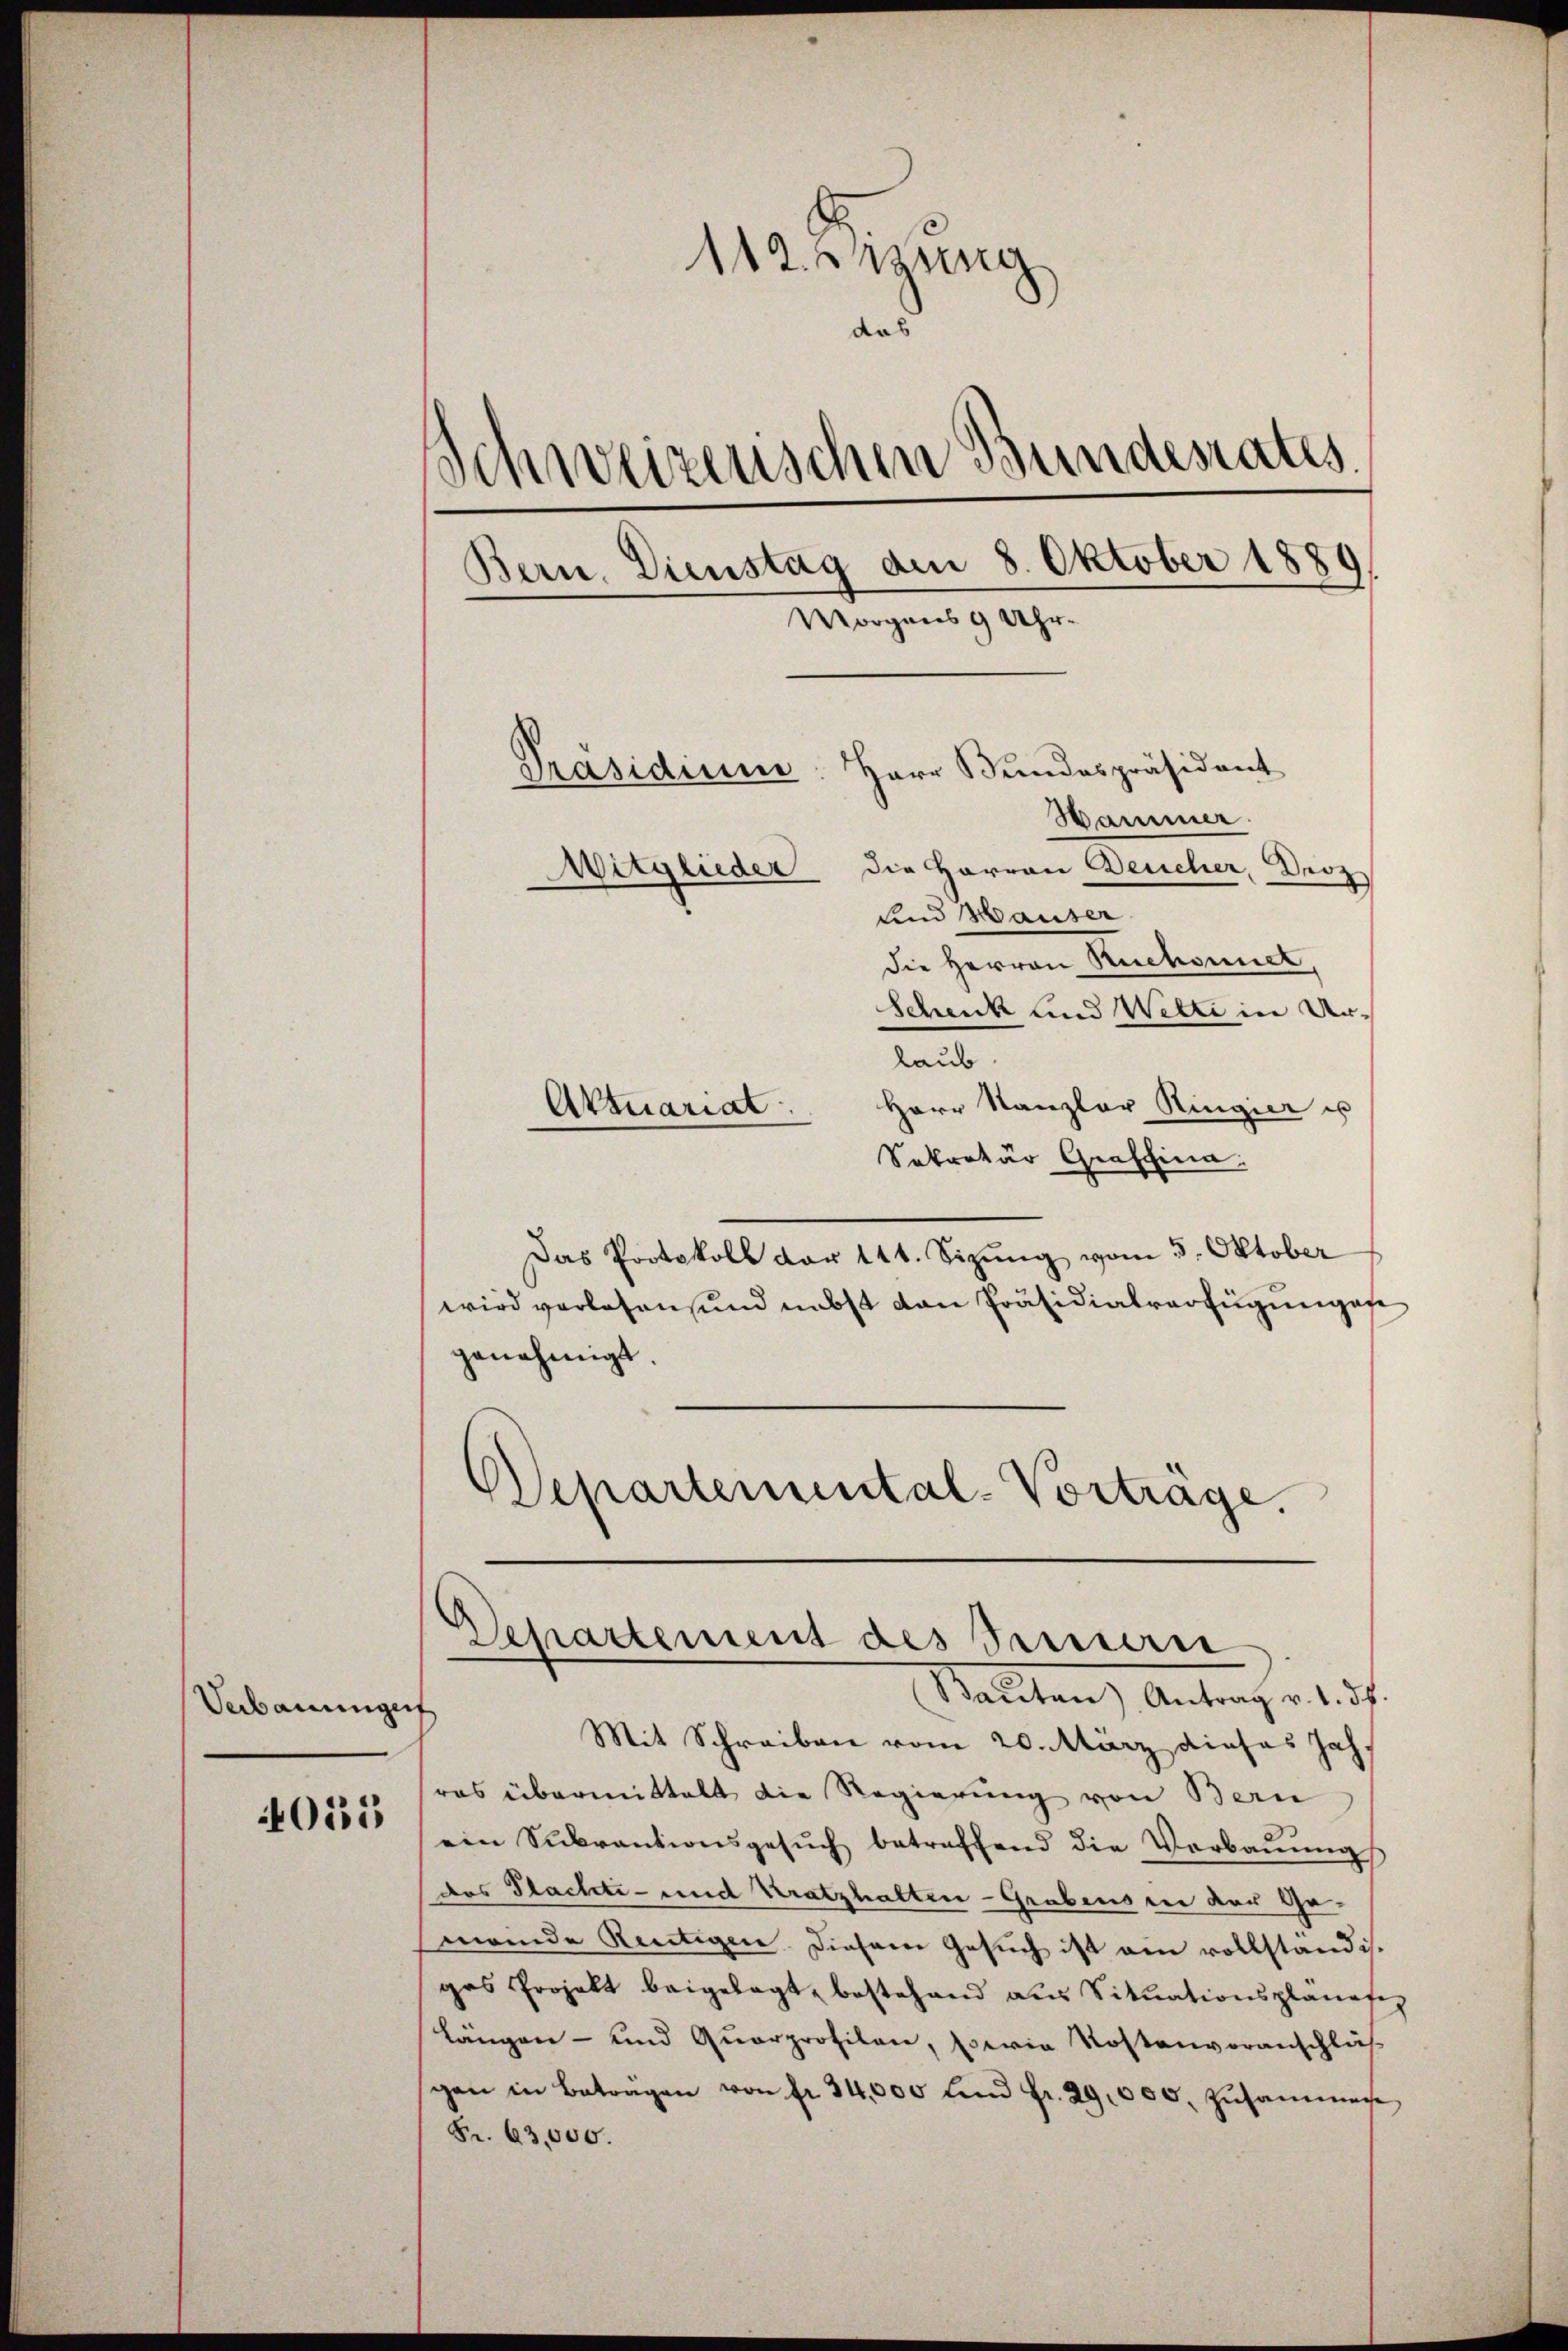
Verbauungen

4055

112 anzung
das
s
Schweizerischen Bundesrates.
Bern. Dienstag den 8. Oktober 1889.
Morgens 9 Uhr.
Herr Bundespräsident
Präsidium
Hammer.
Mitglieder die Herren Deucher, Derz
und Hauser

die Herren Ruchont,
Schenk und Wetti in Ur-
laub.
Herr Kanzler Ringier u
Aktuariat
Sekretär Graschina
Das Protokoll der 144. Sizung vom 5. Oktober
wird verlesen und nebst den Präsidialverfügungen
genehmigt.
Departemental-Vorträge,

Departement des Perceri
Sauten) Antrag . . .

Mit Schreiben vom 20. März dieses Jahras übermittelt die Regierung von Bern
ein Sukrantionsgesŭch betreffend die Verbaŭŭngs
das Flachte- und Kratzhalten-Grabens in der Gemende Reutigen diesem Gesuch ist am vollständis.
gas Projekt beigelegt, bestehend aus Situationsplanafe
längen- und Quarprofilen, sowie Kostenvoranschläß
gen in Beträgen von fr. 34,000 und Fr. 29,000, Zusammer
Fr. 63,000.